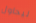
ليحاول